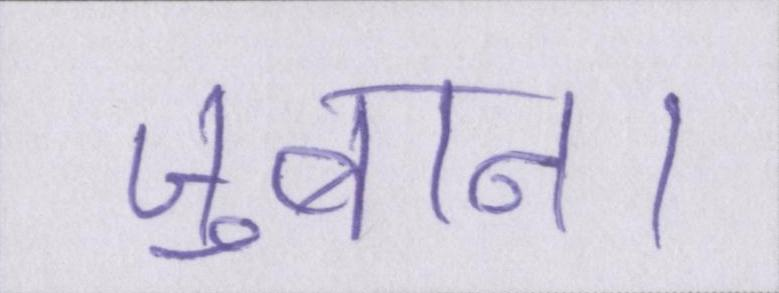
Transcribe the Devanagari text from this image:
जुबान।